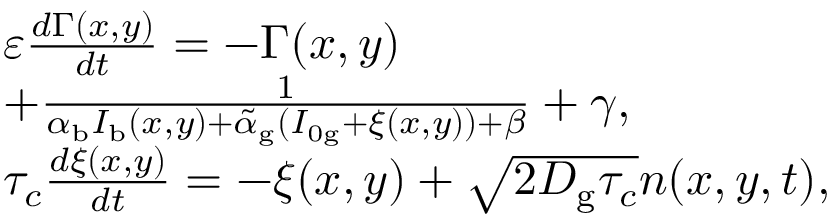
\begin{array} { l } { \varepsilon \frac { d \Gamma ( x , y ) } { d t } = - \Gamma ( x , y ) } \\ { + \frac { 1 } { \alpha _ { \mathrm { b } } I _ { \mathrm { b } } ( x , y ) + \tilde { \alpha } _ { \mathrm { g } } ( I _ { 0 \mathrm { g } } + \xi ( x , y ) ) + \beta } + \gamma , } \\ { \tau _ { c } \frac { d \xi ( x , y ) } { d t } = - \xi ( x , y ) + \sqrt { 2 D _ { \mathrm { g } } \tau _ { c } } n ( x , y , t ) , } \end{array}